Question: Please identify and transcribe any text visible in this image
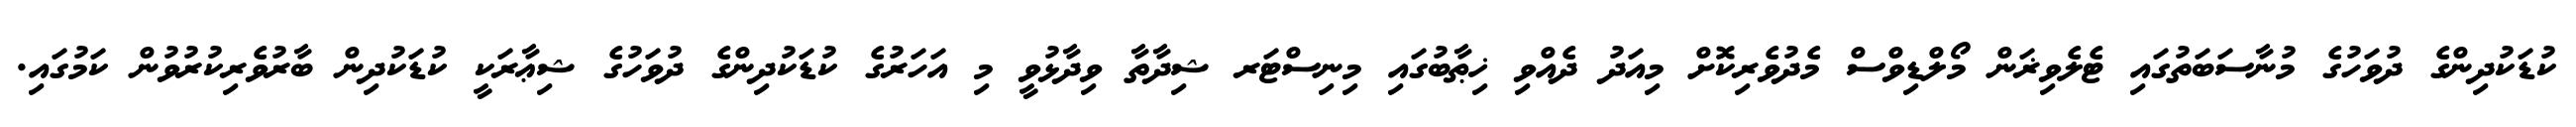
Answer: ކުޑަކުދިންގެ ދުވަހުގެ މުނާސަބަތުގައި ޓެލެވިޜަން މޯލްޑިވްސް މެދުވެރިކޮށް މިއަދު ދެއްވި ޚިޠާބުގައި މިނިސްޓަރ ޝިދާތާ ވިދާޅުވީ މި އަހަރުގެ ކުޑަކުދިންގެ ދުވަހުގެ ޝިޢާރަކީ ކުޑަކުދިން ބާރުވެރިކުރުވުން ކަމުގައި.